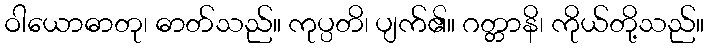
ဝါယောဓာတု၊ ဓာတ်သည်။ ကုပ္ပတိ၊ ပျက်၏။ ဂတ္တာနိ၊ ကိုယ်တို့သည်။